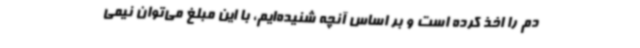
دم را اخذ کرده است و بر اساس آنچه شنیده‌ایم، با این مبلغ می‌توان نیمی